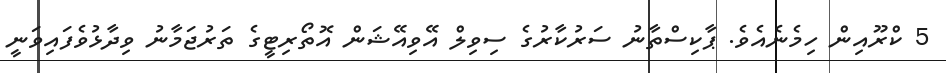
5 ކްރޫއިން ހިމެނެއެވެ. ޕާކިސްތާނު ސަރުކާރުގެ ސިވިލް އޭވިއޭޝަން އޮތޯރިޓީގެ ތަރުޖަމާނު ވިދާޅުވެފައިވަނީ